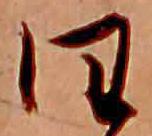
日